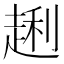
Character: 𲃎